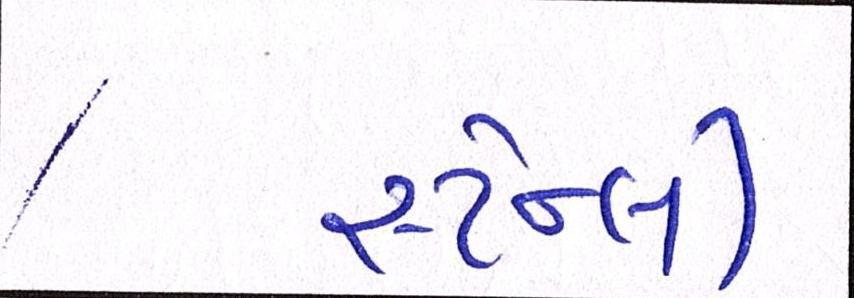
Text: સ્ટેન્લી